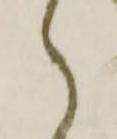
ら